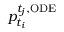
p _ { t _ { i } } ^ { t _ { j } , \mathrm { O D E } }